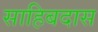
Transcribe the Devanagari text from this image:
साहिबदास